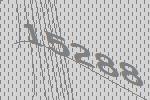
15288